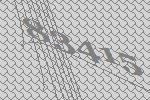
83415